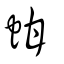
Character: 蚶